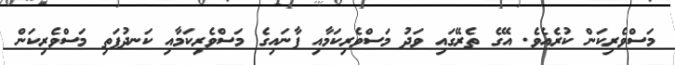
މަސްވެރިކަން ކުރެއެވެ. އޭގެ ތެރޭގައި ވަދު މަސްވެރިކަމާއި ފާނައިގެ މަސްވެރިކަމާއި ކަނދުފަތި މަސްވެރިކަން